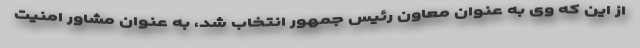
از این که وی به عنوان معاون رئیس جمهور انتخاب شد، به عنوان مشاور امنیت